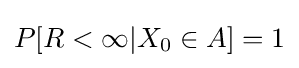
P[R<\infty |X_{0}\in A]=1